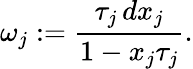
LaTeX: \omega_{j}:=\frac{\tau_{j}\, dx_{j}}{1-x_{j}\tau_{j}}.